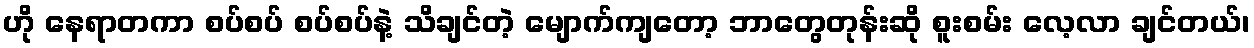
ဟို နေရာတကာ စပ်စပ် စပ်စပ်နဲ့ သိချင်တဲ့ မျောက်ကျတော့ ဘာတွေတုန်းဆို စူးစမ်း လေ့လာ ချင်တယ်၊